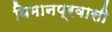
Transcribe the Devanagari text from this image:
विमानप्रवासी